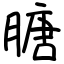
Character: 膅